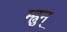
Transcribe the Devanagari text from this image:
म्ह्नुन्